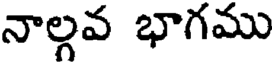
నాల్గవ భాగము